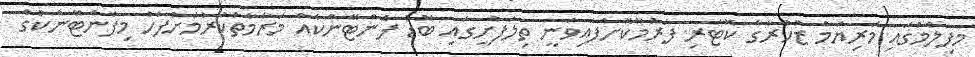
މފިލްމުގައި މަރިޔަމް ޒުހުރާގެ ކޮޓަރި ފަރުމާކޮށްފައިވަނީ ތިލަފުށީގައި ބޮޑު ފެންޓޭންކެއް މަރާމާތުކުރުމަށްފަހު މިފެންޓޭންކުގެ